Lunatic asylums Punjab 1868-1880 - 1868-1880
Year: 1868
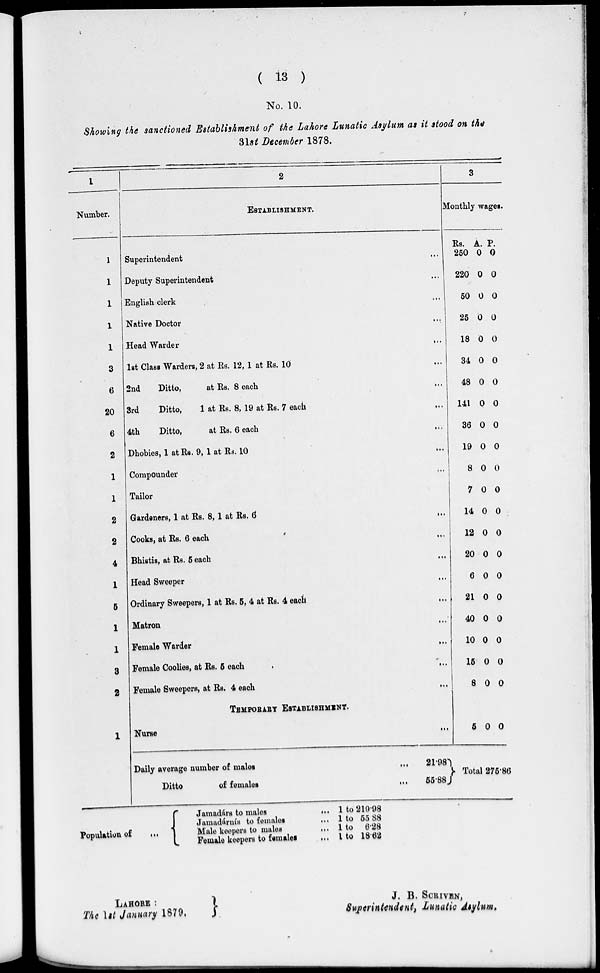
( 13 )
No. 10.
Showing the sanctioned Establishment of the Lahore Lunatic Asylum as it stood on the
31st December 1878.
1
Number.
1
1
1
1
1
3
6
20
6
2
1
1
2
2
4
1
5
1
1
8
2
1
2
ESTABLISHMENT.
Superintendent ...
Deputy Superintendent ...
English clerk ...
Native Doctor ...
Head Warder ...
1st Class Warders, 2 at Rs. 12, 1 at Rs. 10 ...
2nd
Ditto,
at Rs. 8 each ...
3rd
Ditto,
1 at Rs. 8, 19 at Rs. 7 each ...
4th
Ditto,
at Rs. 6 each ...
Dhobies, 1 at Rs. 9, 1 at Rs. 10 ...
Compounder ...
Tailor ...
Gardeners, 1 at Rs. 8, 1 at Rs. 6
...
Cooks, at Rs. 6 each ...
Bhistis, at Rs. 5 each ...
Head Sweeper ...
Ordinary Sweepers, 1 at Rs. 5, 4 at Rs. 4
each
...
Matron ...
Female Warder ...
Female Coolies, at Rs. 5 eaoh
...
Female Sweepers, at Rs. 4 each ...
TEMPORARY ESTABLISHMENT.
Nurse
...
Daily average number of males
...
21.98
Ditto
of females
...
55.88
3
Monthly wages.
Rs.
250
220
50
25
18
34
48
141
36
19
8
7
14
12
20
6
21
40
10
15
8
5
Total
A.
0
0
0
0
0
0
0
0
0
0
0
0
0
0
0
0
0
0
0
0
0
0
p.
0
0
0
0
0
0
0
0
0
0
0
0
0
0
0
0
0
0
0
0
0
0
275.86
Population of
...
Jamadárs to males
...
Jamadámís to females ...
Male keepers to males
...
Female keepers to females
...
1 to 219.98
1 to 55.88
1 to 6.28
1 to 18.62
LAHORE :
The 1st January 1879.
J. B. SCRIVEN,
Superintendent, Lunatic Asylum.